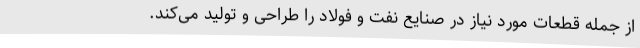
از جمله قطعات مورد نیاز در صنایع نفت و فولاد را طراحی و تولید می‌کند.